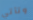
وتأتي